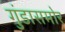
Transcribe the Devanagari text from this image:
गुंडासमोर